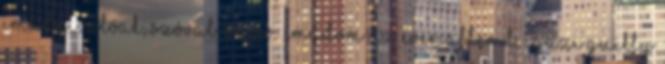
imádnivalóak, szóval wáów. imádom az ever after-t, igazi guilty